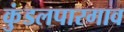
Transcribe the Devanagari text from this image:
कुंडलपारगाव